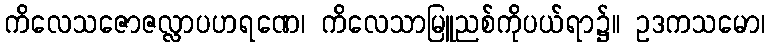
ကိလေသဇောဇလ္လာပဟရဏေ၊ ကိလေသာမြူညစ်ကိုပယ်ရာ၌။ ဥဒကသမော၊